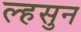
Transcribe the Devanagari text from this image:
ल्हसुन